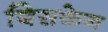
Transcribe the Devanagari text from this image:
बिसकेन